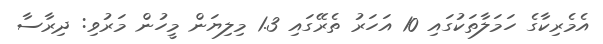
އެމެރިކާގެ ހަމަލާތަކުގައި 10 އަހަރު ތެރޭގައި 1.3 މިލިޔަން މީހުން މަރުވި: ދިރާސާ